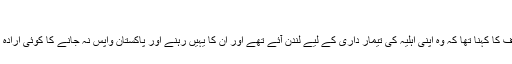
'
نوازشریف کا کہنا تھا کہ وہ اپنی اہلیہ کی تیمار داری کے لیے لندن آئے تھے اور ان کا یہیں رہنے اور پاکستان واپس نہ جانے کا کوئی ارادہ نہیں تھا۔